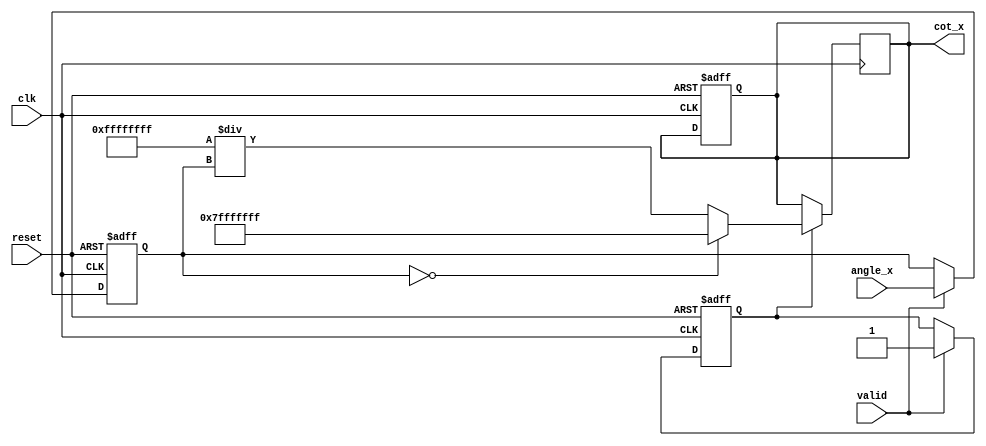
module cotangent (
    input wire [31:0] angle_x,   // Input angle in radians (32-bit floating-point)
    output reg [31:0] cot_x,      // Output cotangent value (32-bit floating-point)
    input wire clk,               // Clock input
    input wire reset,             // Reset input
    input wire valid              // Input valid signal
);

    wire [31:0] tan_x;           // Intermediate tan_x value
    reg [31:0] tan_x_reg;        // Pipeline register for tan_x
    reg valid_reg;               // Registered valid signal
   
    // Tangent Calculation Block (Using a simple approximation for demonstration)
    function [31:0] tan;
        input [31:0] x;
        // Simple approximation - in practice, replace with proper implementation
        begin
            tan = x; // Placeholder, replace with accurate tan calculation
        end
    endfunction

    // Reciprocal Calculation Block
    function [31:0] reciprocal;
        input [31:0] value;
        begin
            if (value == 32'h00000000)    // Handle division by zero
                reciprocal = 32'h7FFFFFFF; // Return max value as indication of overflow
            else
                reciprocal = 32'hFFFFFFFF / value; // Safe reciprocal computation
        end
    endfunction

    // Sequential Logic
    always @(posedge clk or posedge reset) begin
        if (reset) begin
            cot_x <= 32'b0;           // Reset output
            tan_x_reg <= 32'b0;       // Reset tan_x register
            valid_reg <= 1'b0;         // Reset valid flag
        end else if (valid) begin
            tan_x_reg <= tan(angle_x); // Calculate tangent and store in register
            valid_reg <= 1'b1;          // Set valid flag
        end
    end

    // Compute cotangent in the next clock cycle
    always @(posedge clk) begin
        if (valid_reg) begin
            cot_x <= reciprocal(tan_x_reg); // Calculate cotangent
        end
    end

endmodule